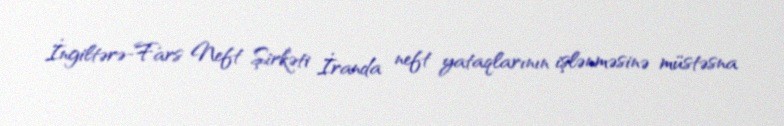
İngiltərə-Fars Neft Şirkəti İranda neft yataqlarının işlənməsinə müstəsna